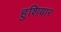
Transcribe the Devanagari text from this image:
हुशियार